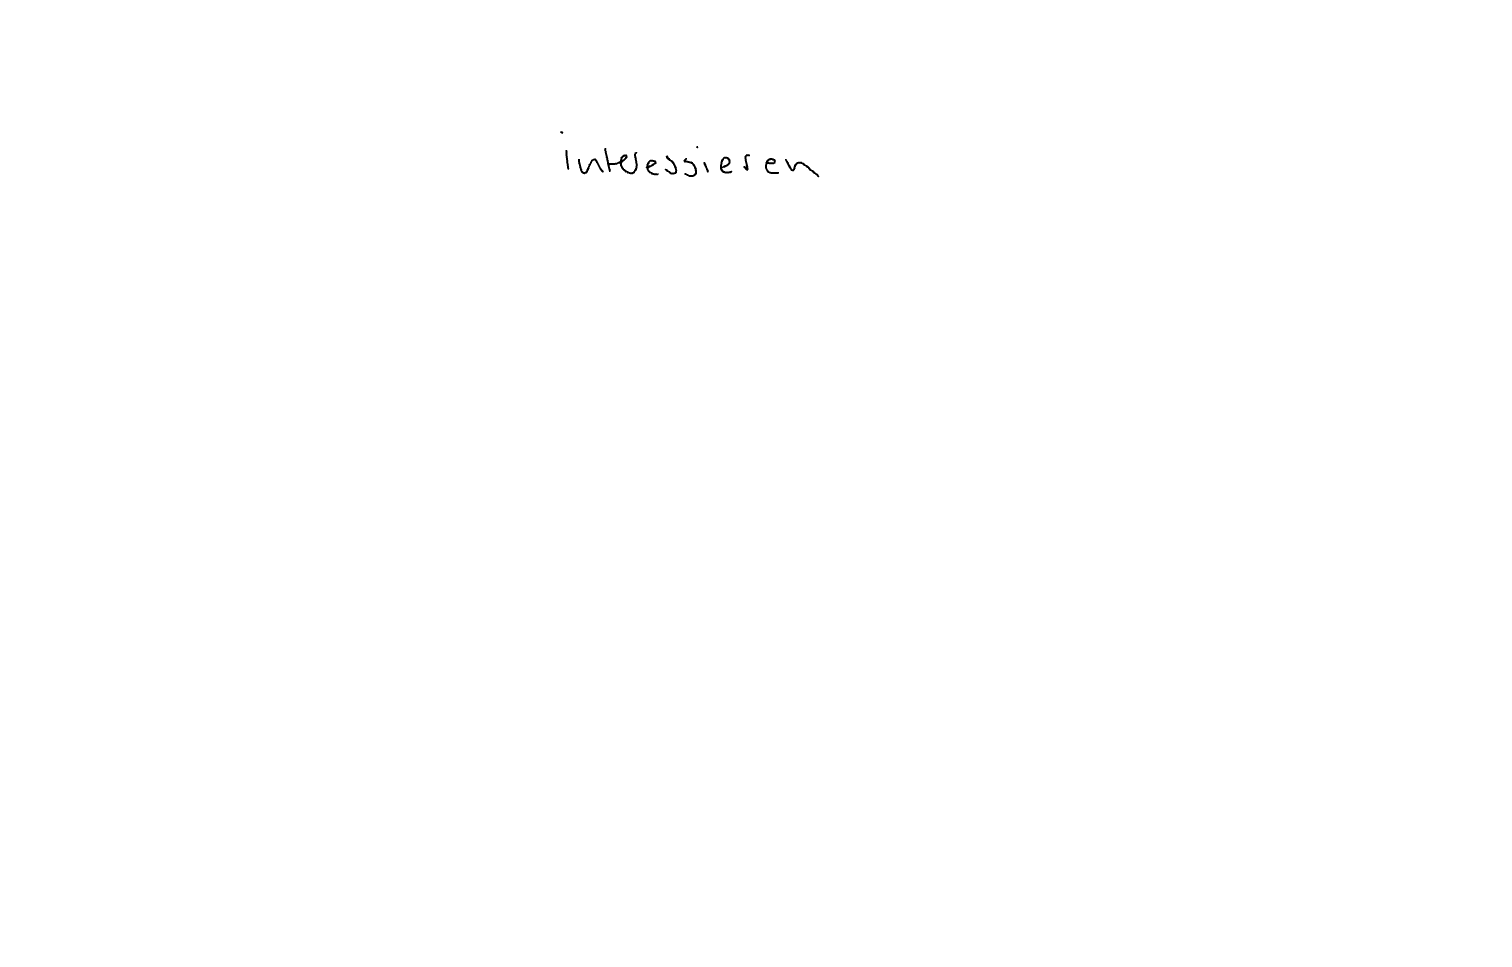
Text: interessieren